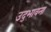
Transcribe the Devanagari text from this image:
उद्‌भावना